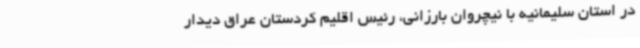
در استان سلیمانیه با نیچروان بارزانی، رئیس اقلیم کردستان عراق دیدار